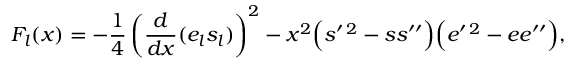
F _ { l } ( x ) = - \frac { 1 } { 4 } \left( \frac { d } { d x } ( e _ { l } s _ { l } ) \right) ^ { 2 } - x ^ { 2 } \Bigl ( s ^ { \prime \, 2 } - s s ^ { \prime \prime } \Bigr ) \Bigl ( e ^ { \prime \, 2 } - e e ^ { \prime \prime } \Bigr ) ,